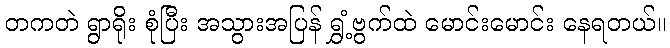
တကတဲ ရွာရိုး စုံပြီး အသွားအပြန် ရွှံ့ဗွက်ထဲ မောင်းမောင်း နေရတယ်။